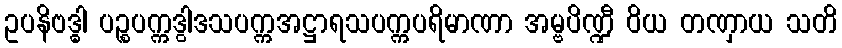
ဥပနိဗဒ္ဓါ ပဉ္စပက္ကဒွါဒသပက္ကအဋ္ဌာရသပက္ကပရိမာဏာ အမ္ဗပိဏ္ဍီ ဝိယ တဏှာယ သတိ